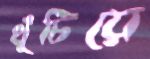
খুঁচিয়ে